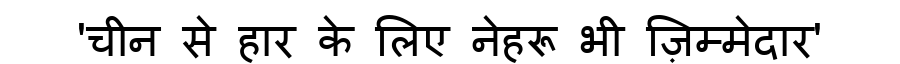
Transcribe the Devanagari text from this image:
'चीन से हार के लिए नेहरू भी ज़िम्मेदार'